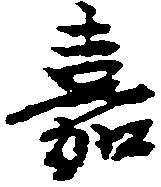
嘉